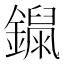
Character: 𨭾